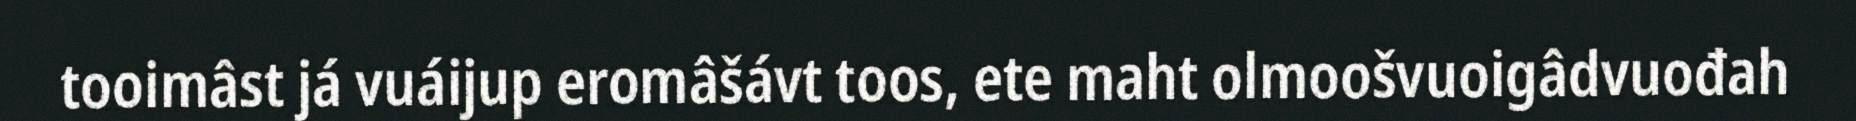
tooimâst já vuáijup eromâšávt toos, ete maht olmoošvuoigâdvuođah